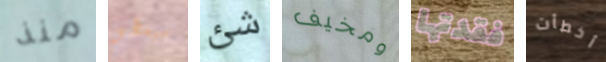
منذ سيعطي شئ ومخيف فقدتها أخطأت